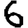
Digit: 6